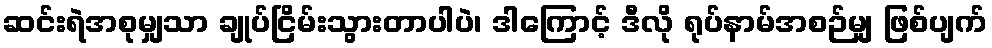
ဆင်းရဲအစုမျှသာ ချုပ်ငြိမ်းသွားတာပါပဲ၊ ဒါကြောင့် ဒီလို ရုပ်နာမ်အစဉ်မျှ ဖြစ်ပျက်